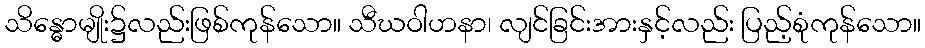
သိန္ဓောမျိုး၌လည်းဖြစ်ကုန်သော။ သီဃဝါဟနာ၊ လျင်ခြင်းအားနှင့်လည်း ပြည့်စုံကုန်သော။